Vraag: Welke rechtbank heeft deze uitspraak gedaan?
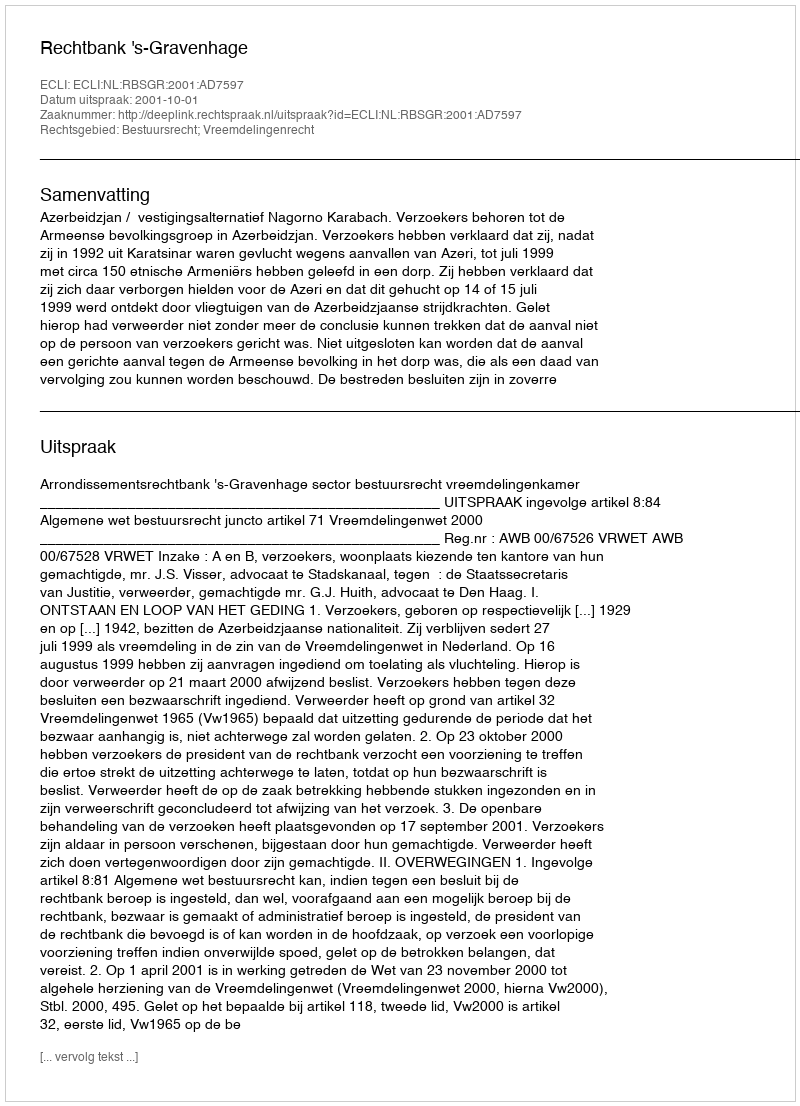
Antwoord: Rechtbank 's-Gravenhage